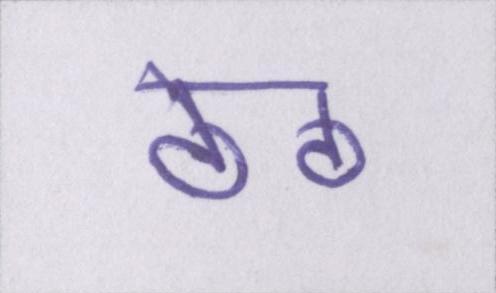
ठेठ